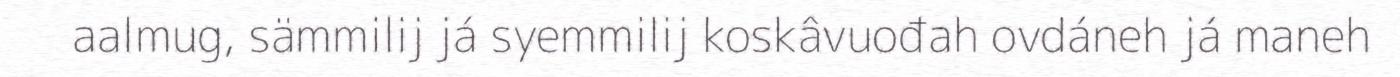
aalmug, sämmilij já syemmilij koskâvuođah ovdáneh já maneh